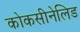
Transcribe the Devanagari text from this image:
कोकसीनेलिड